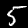
Label: 5